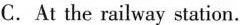
C.At the railway station.